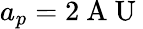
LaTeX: a_{p}=2\mathrm{~A~U~}